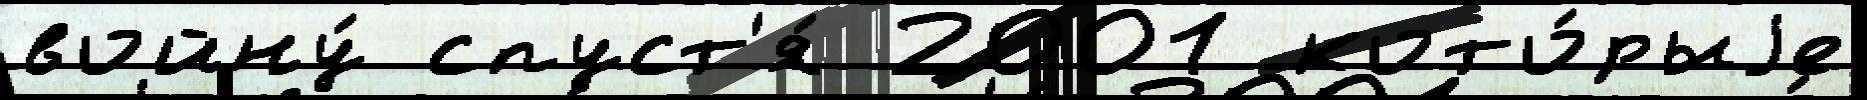
войну́ спуст'я́ 2001 кото́рыjе